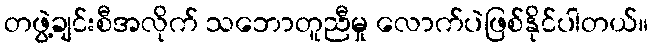
တဖွဲ့ချင်းစီအလိုက် သဘောတူညီမှု လောက်ပဲဖြစ်နိုင်ပါတယ်။